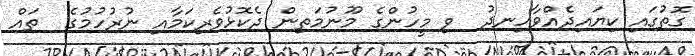
ގޮތުގައި ކިޔައިދެއްވާހިނދު  ވި މީހުންގެ މޫނުމަތިން ދެކޮޅުވެރިކަމާއި ނުރުހުމުގެ  ތައް